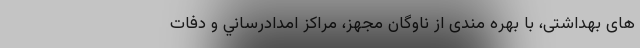
های بهداشتی، با بهره مندی از ناوگان مجهز، مراكز امدادرساني و دفات